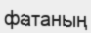
фатаның